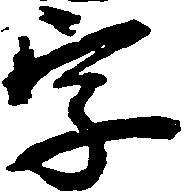
字